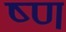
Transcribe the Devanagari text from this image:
ष्ण